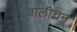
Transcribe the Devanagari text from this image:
बालीचन्